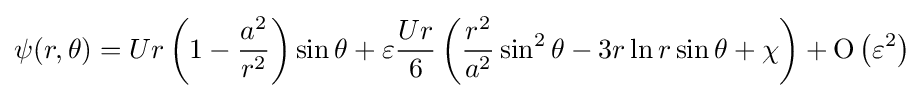
\psi (r,\theta )=Ur\left(1-{\frac {a^{2}}{r^{2}}}\right)\sin \theta +\varepsilon {\frac {Ur}{6}}\left({\frac {r^{2}}{a^{2}}}\sin ^{2}\theta -3r\ln r\sin \theta +\chi \right)+\mathrm {O} \left(\varepsilon ^{2}\right)